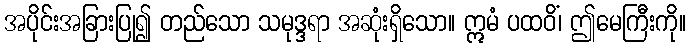
အပိုင်းအခြားပြု၍ တည်သော သမုဒ္ဒရာ အဆုံးရှိသော။ ဣမံ ပထဝိံ၊ ဤမေကြီးကို။